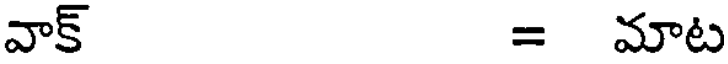
వాక్ = మాట